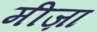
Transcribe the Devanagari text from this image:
मीज़ा